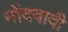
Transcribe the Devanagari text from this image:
नोंदवावी